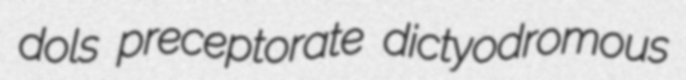
dols preceptorate dictyodromous